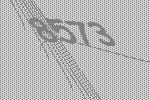
8573